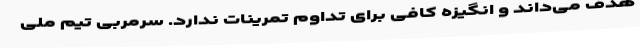
هدف می‌داند و انگیزه کافی برای تداوم تمرینات ندارد. سرمربی تیم ملی